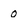
Character: o